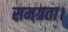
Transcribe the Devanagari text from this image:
समग्रता।